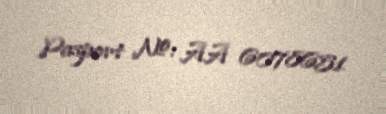
Pasport №: AA 6078651